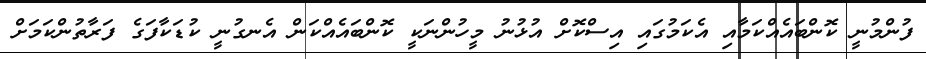
ފުންމުނީ ކޮންބައެއްކަމާއި އެކަމުގައި އިސްކޮށް އުޅުނު މީހުންނަކީ ކޮންބައެއްކަން އެނގުނީ ކުޑަކާފަގެ ފަރާތުންކަމަށް